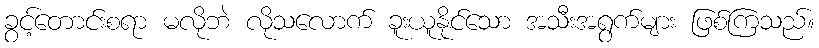
ခွင့်တောင်းစရာ မလိုဘဲ လိုသလောက် ခူးယူနိုင်သော အသီးအရွက်များ ဖြစ်ကြသည်။